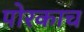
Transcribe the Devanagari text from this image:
पोरकाच